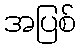
အပြစ်